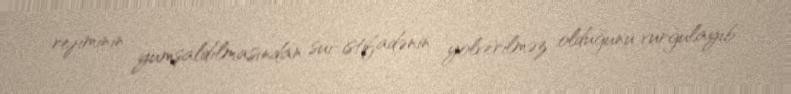
rejiminin yumşaldılmasından sui-istifadənin yolverilməz olduğunu vurğulayıb.